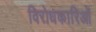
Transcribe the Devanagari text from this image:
विरोधकारिओं